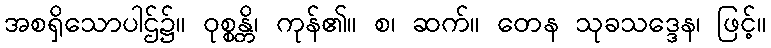
အစရှိသောပါဌ်၌။ ဝုစ္စန္တိ၊ ကုန်၏။ စ၊ ဆက်။ တေန သုခသဒ္ဒေန၊ ဖြင့်။